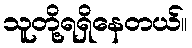
သူတို့ရရှိနေတယ်။